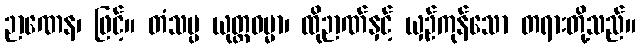
ဉာဏေန၊ ဖြင့်။ တံသမ္ပ ယုတ္တဓမ္မာ၊ ထိုဉာဏ်နှင့် ယှဉ်ကုန်သော တရားတို့သည်။